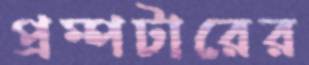
প্রম্পটারের